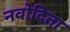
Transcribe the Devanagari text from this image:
नवोदिता